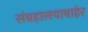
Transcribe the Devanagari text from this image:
संग्रहालयाबाहेर